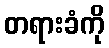
တရားခံကို